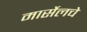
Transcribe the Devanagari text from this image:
मार्सेलचे